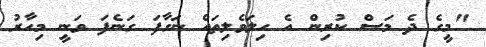
"މީގެ ދެ މަސް ކުރިން އެ ހިލަވެލިތައް ނަގާފަ ގަނެފަ ވަނީ މިހާރު